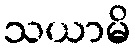
သယာမိ